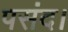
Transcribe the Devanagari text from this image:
पसंद।